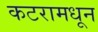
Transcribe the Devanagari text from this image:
कटरामधून